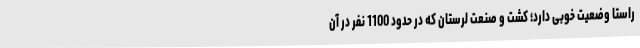
راستا وضعیت خوبی دارد؛ کشت و صنعت لرستان که در حدود 1100 نفر در آن